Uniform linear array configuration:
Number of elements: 48
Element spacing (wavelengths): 0.75
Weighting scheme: blackman
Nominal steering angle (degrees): -45
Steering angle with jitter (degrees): -44.303
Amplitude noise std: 0.05
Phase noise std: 0.05

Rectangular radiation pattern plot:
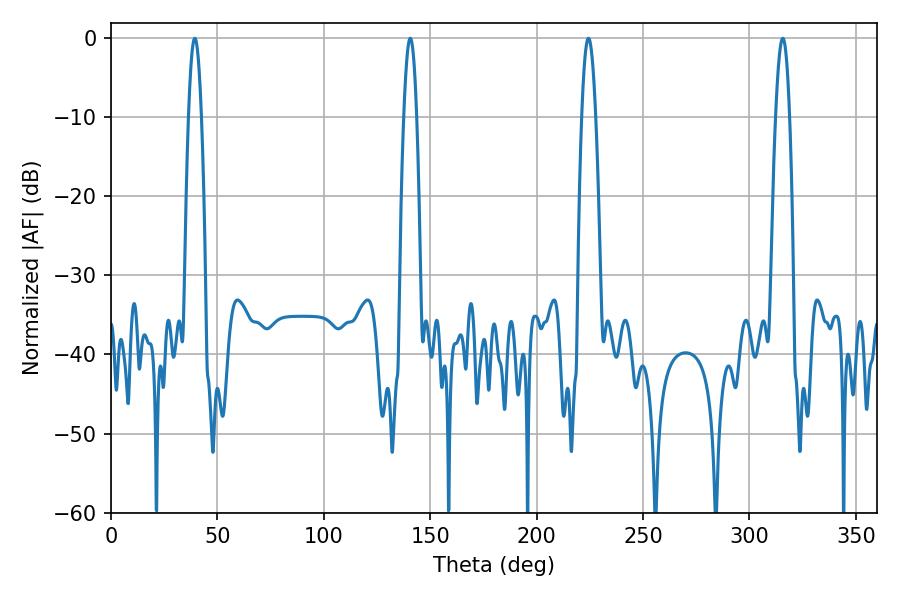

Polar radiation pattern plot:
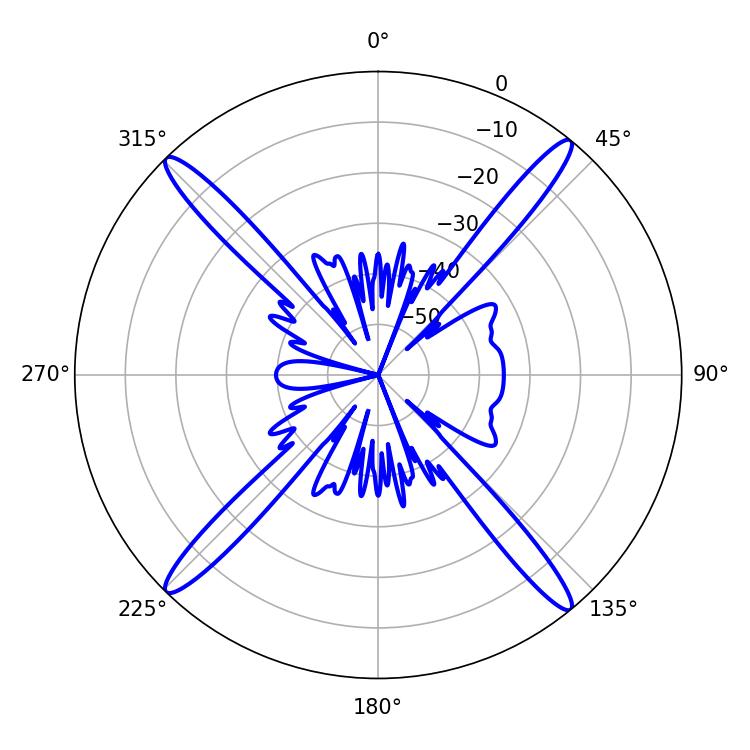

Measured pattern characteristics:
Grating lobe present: TRUE
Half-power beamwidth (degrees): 3.24
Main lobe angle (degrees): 39.42